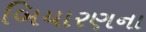
બિયારણના